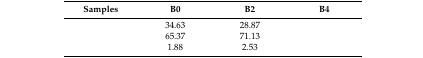
<table><thead><tr><td><b>Samples</b></td><td><b>B0</b></td><td><b>B2</b></td><td><b>B4</b></td></tr></thead><tbody><tr><td>[EMPTY_CELL]</td><td>34.63</td><td>28.87</td><td>[EMPTY_CELL]</td></tr><tr><td>[EMPTY_CELL]</td><td>65.37</td><td>71.13</td><td>[EMPTY_CELL]</td></tr><tr><td>[EMPTY_CELL]</td><td>1.88</td><td>2.53</td><td>[EMPTY_CELL]</td></tr></tbody></table>